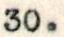
30.